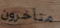
متأخرون